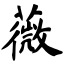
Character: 薇